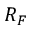
R _ { F }